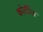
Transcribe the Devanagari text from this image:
कोर्टीज